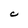
Character: C